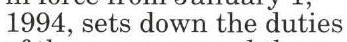
1994, sets down the duties